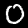
Digit: 0